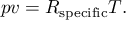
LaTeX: p v = R _ { \mathrm { s p e c i f i c } } T .